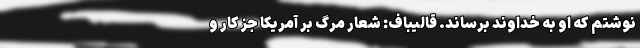
نوشتم که او به خداوند برساند. قالیباف: شعار مرگ بر آمریکا جز کار و